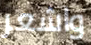
واشعر